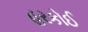
હરકોઈ